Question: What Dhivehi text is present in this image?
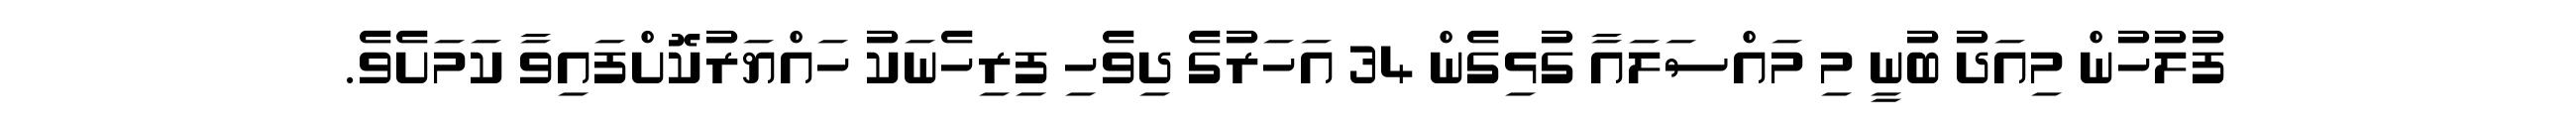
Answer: ފުލުހުން މިއަދު ބުނީ މި މައްސަލައާ ގުޅިގެން 34 އަހަރުގެ ދިވެހި ފިރިހެނަކު ހައްޔަރުކޮށްފައިވާ ކަމަށެވެ.